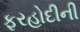
ફરહોદીની